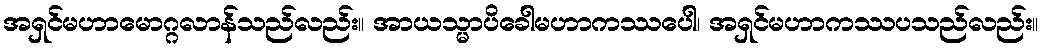
အရှင်မဟာမောဂ္ဂလာန်သည်လည်း။ အာယသ္မာပိခေါမဟာကဿပေါ၊ အရှင်မဟာကဿပသည်လည်း။